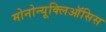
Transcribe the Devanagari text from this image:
मोनोन्यूक्लिऑसिस